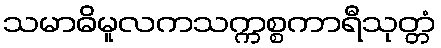
သမာဓိမူလကသက္ကစ္စကာရီသုတ္တံ